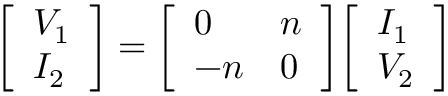
{ \left[ \begin{array} { l } { V _ { 1 } } \\ { I _ { 2 } } \end{array} \right] } = { \left[ \begin{array} { l l } { 0 } & { n } \\ { - n } & { 0 } \end{array} \right] } { \left[ \begin{array} { l } { I _ { 1 } } \\ { V _ { 2 } } \end{array} \right] }